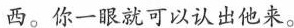
西。你一眼就可以认出他来，